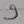
Text: 9